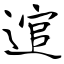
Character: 逭